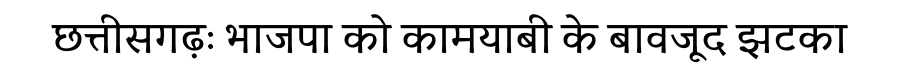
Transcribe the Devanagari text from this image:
छत्तीसगढ़ः भाजपा को कामयाबी के बावजूद झटका